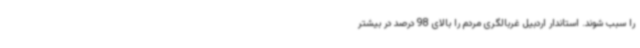
را سبب شوند. استاندار اردبیل غربالگری مردم را بالای 98 درصد در بیشتر